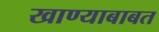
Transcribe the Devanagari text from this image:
खाण्याबाबत